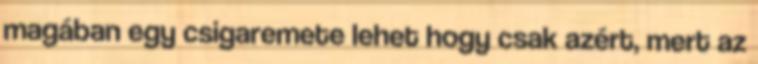
magában egy csigaremete lehet hogy csak azért, mert az